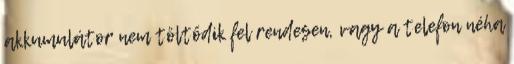
akkumulátor nem töltődik fel rendesen, vagy a telefon néha